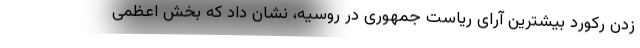
زدن رکورد بیشترین آرای ریاست جمهوری در روسیه، نشان داد که بخش اعظمی